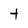
Character: t